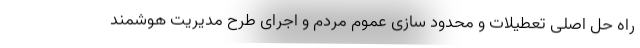
راه حل اصلی تعطیلات و محدود سازی عموم مردم و اجرای طرح مدیریت هوشمند